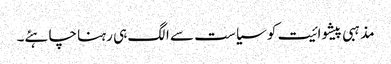
مذہبی پیشوائیت کو سیاست سے الگ ہی رہنا چاہئے۔